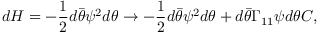
d { \cal H } = - { \frac { 1 } { 2 } } d \bar { \theta } \psi ^ { 2 } d \theta \rightarrow - { \frac { 1 } { 2 } } d \bar { \theta } \psi ^ { 2 } d \theta + d \bar { \theta } \Gamma _ { 1 1 } \psi d \theta C ,